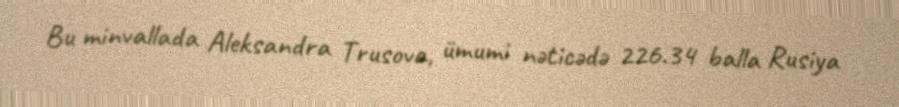
Bu minvallada Aleksandra Trusova, ümumi nəticədə 226.34 balla Rusiya